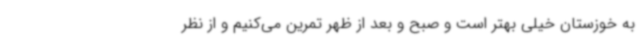
به خوزستان خیلی بهتر است و صبح و بعد از ظهر تمرین می‌کنیم و از نظر